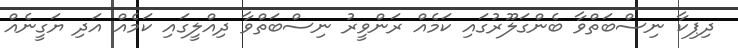
ދިޕިކާ ނިސްބަތްވާ ބެންގަލޫރުގައި ކަމެއް ރަންވީރު ނިސްބަތްވާ ދިއްލީގައި ކަމެއް އަދި ޔަގީނެއް